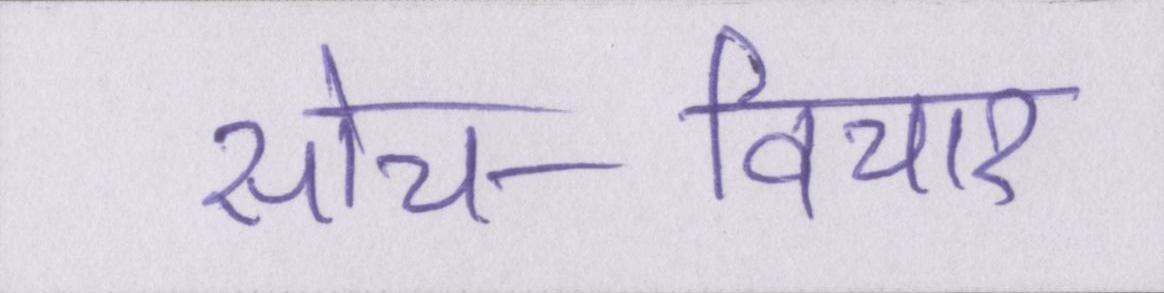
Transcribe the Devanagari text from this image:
सोच-विचार